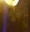
ચૂઈના